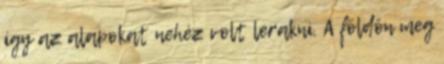
így az alapokat nehéz volt lerakni. A földön meg